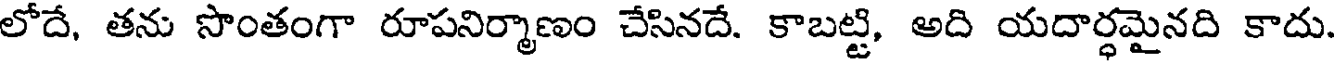
లోదే, తను సొంతంగా రూపనిర్మాణం చేసినదే. కాబట్టి, అది యదార్ధమైనది కాదు.